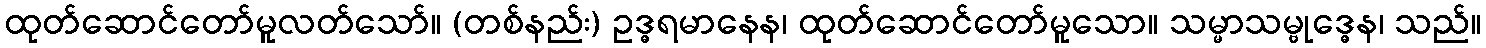
ထုတ်ဆောင်တော်မူလတ်သော်။ (တစ်နည်း) ဥဒ္ဓရမာနေန၊ ထုတ်ဆောင်တော်မူသော။ သမ္မာသမ္ဗုဒ္ဓေန၊ သည်။